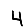
Digit: 4